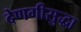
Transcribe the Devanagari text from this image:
देणगीसुद्धा